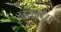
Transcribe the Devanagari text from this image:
नरनप्प